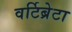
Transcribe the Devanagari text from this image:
वर्टिब्रेटा